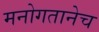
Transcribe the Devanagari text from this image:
मनोगतानेच